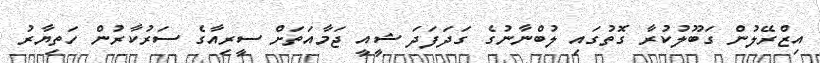
އިޒްރޭލުން ގަބޫލުކުރާ ގޮތުގައި ލުބްނާނުގެ ގަދަފަދަ ޝީއީ ޖަމާއަތަށް ސީރިއާގެ ސަރުކާރުން ހަތިޔާރު